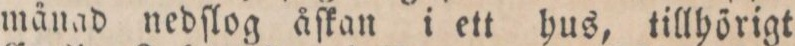
månad nedſlog åſkan i ett hus, tillhörigt